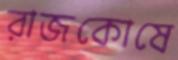
রাজকোষে